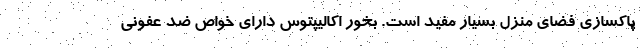
پاکسازی فضای منزل بسیار مفید است. بخور اکالیپتوس دارای خواص ضد عفونی